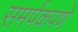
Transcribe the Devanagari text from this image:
समर्पकपणे